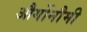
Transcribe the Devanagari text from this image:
और्गोनौमी